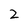
Character: 2